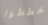
خططوا